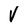
Character: V